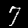
Label: 7